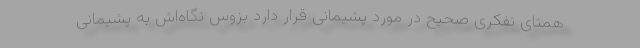
همتای تفکری صحیح در مورد پشیمانی قرار دارد بزوس نگاه‌اش به پشیمانی